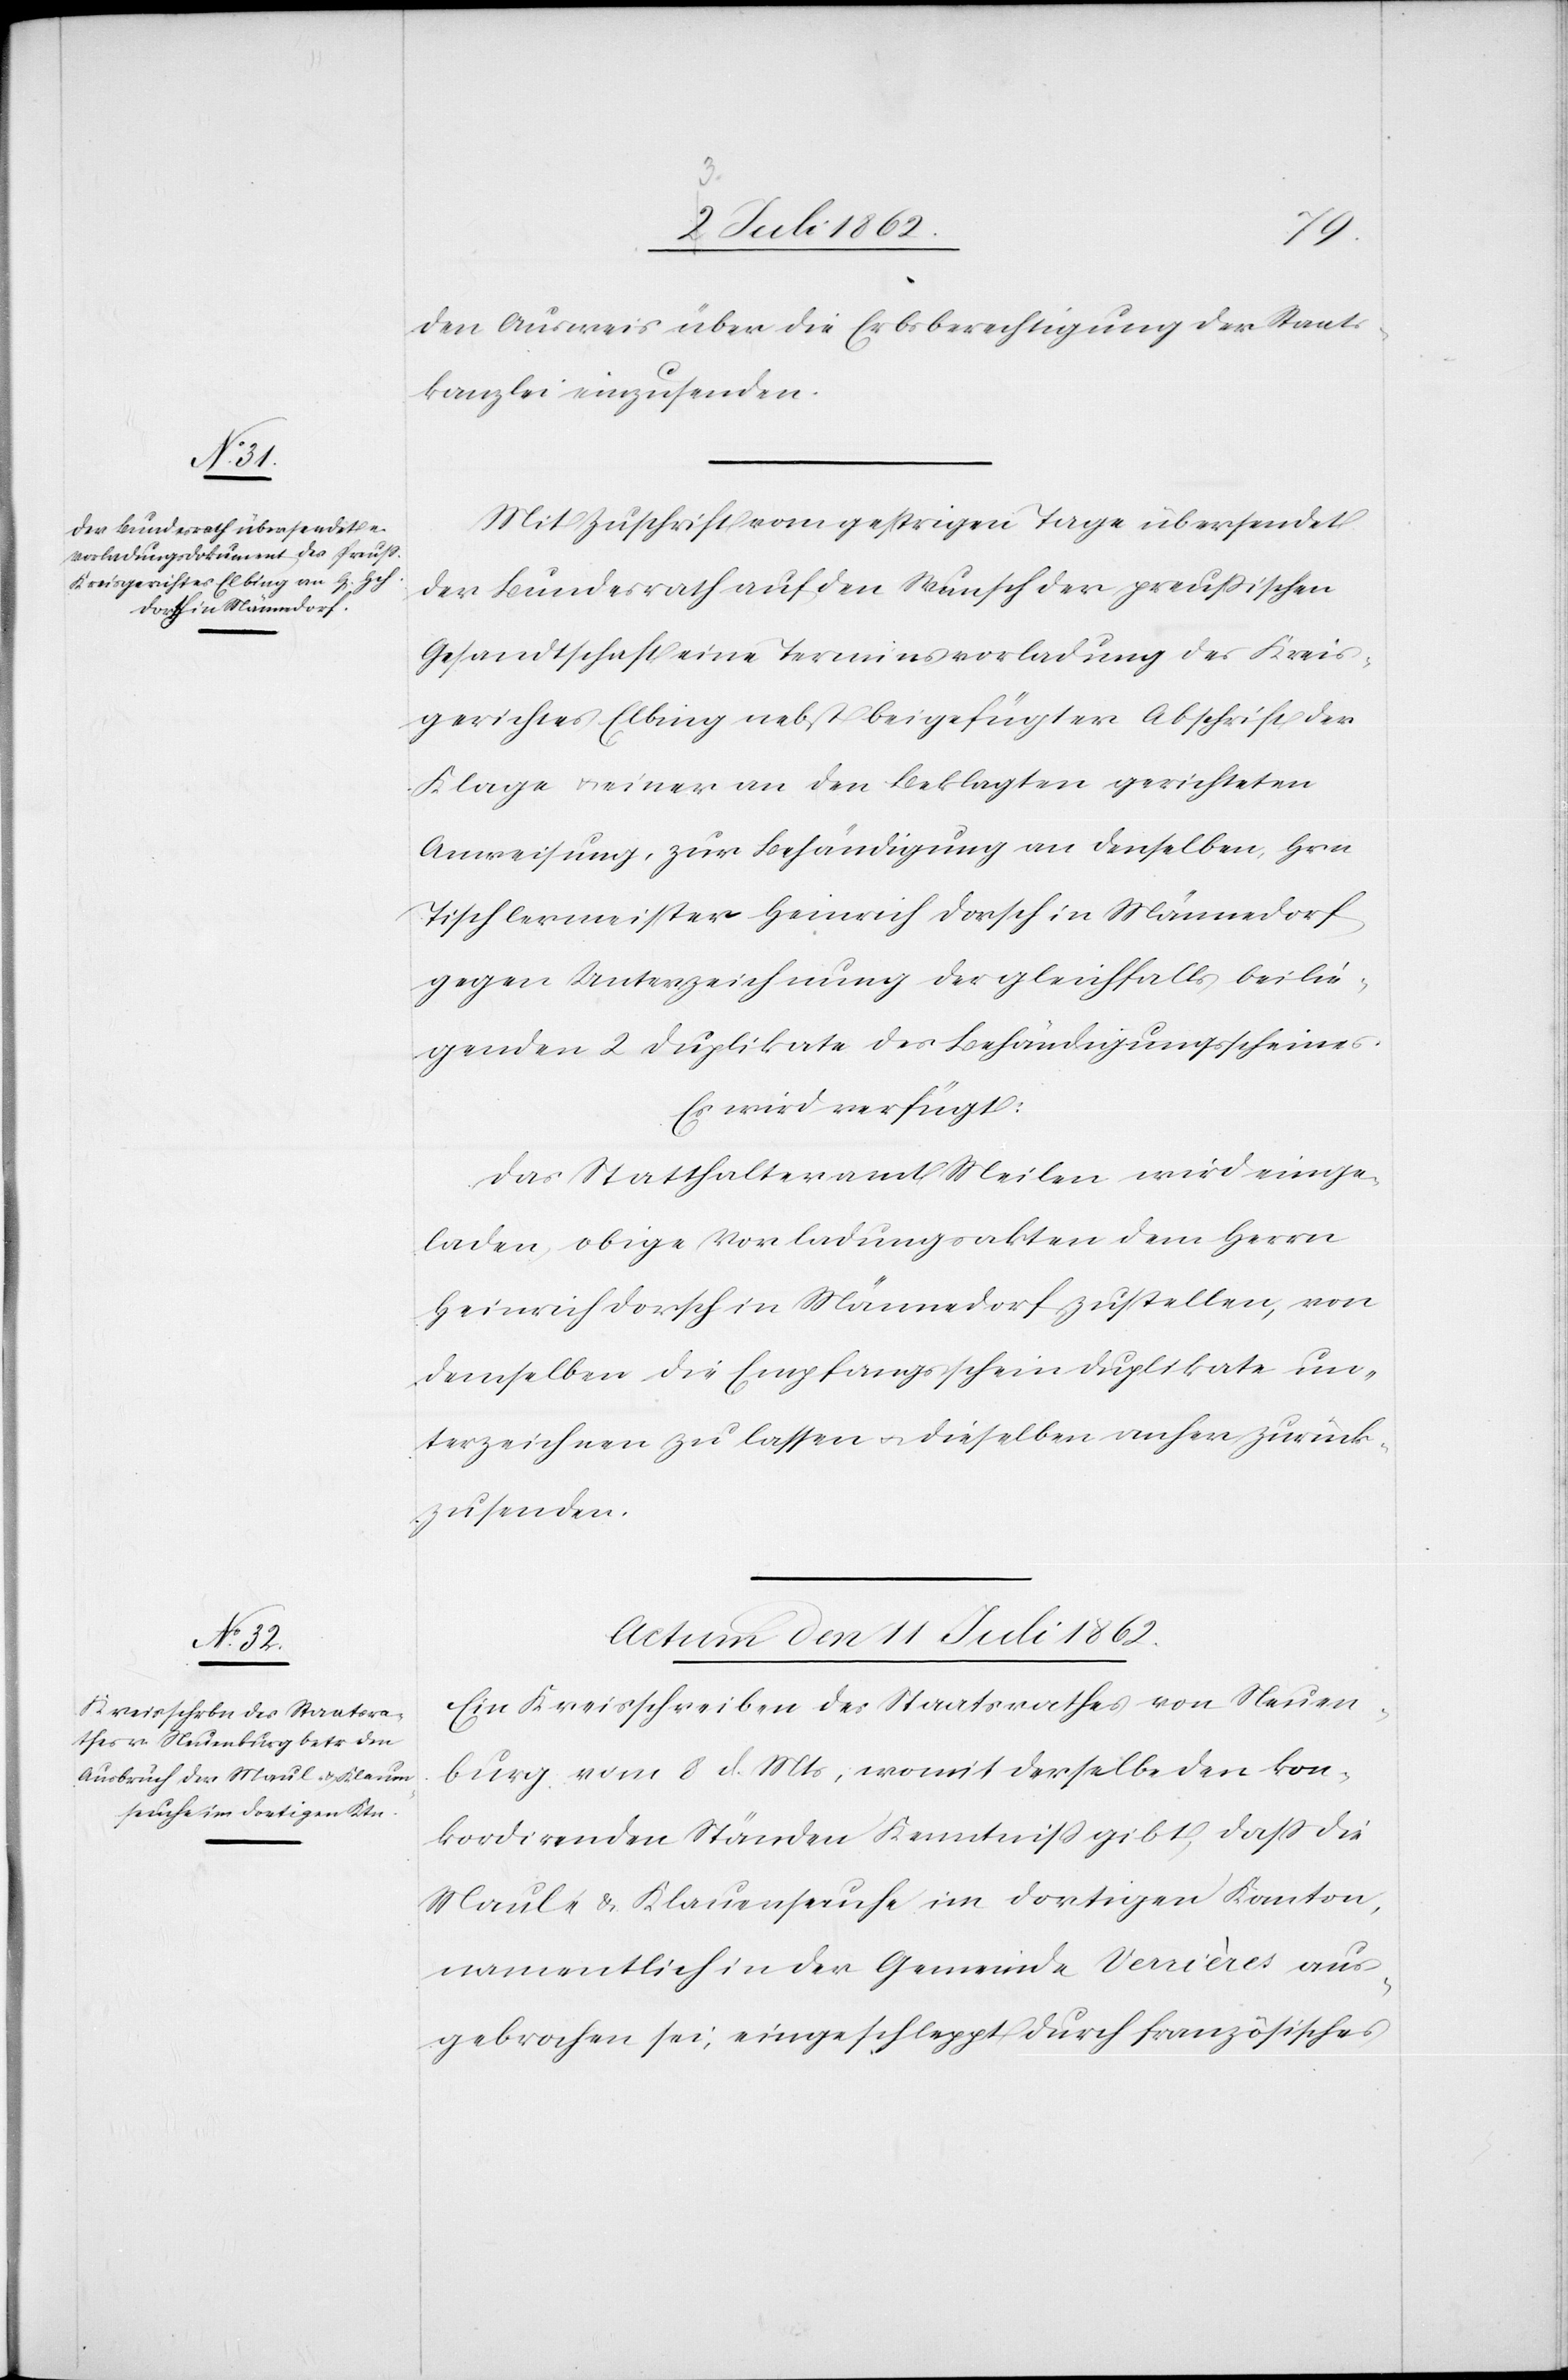
den Ausweis über die Erbsberechtigung der Staats¬
kanzlei einzusenden.
Mit Zuschrift vom gestrigen Tage übersendet
der Bundesrath auf den Wunsch der preußischen
Gesandtschaft eine Terminsvorladung des Kreis¬
gerichtes Elbing nebst beigefügter Abschrift der
Klage u. einer an den Beklagten gerichteten
Anweisung, zur Behändigung an denselben, Hrn.
Tischlermeister Heinrich Dorsch in Männedorf
gegen Unterzeichnung der gleichfalls beilie¬
genden 2 Duplikate des Behändigungsscheines.
Es wird verfügt:
Das Statthalteramt Meilen wird einge¬
laden, obige Vorladungsakten dem Herrn
Heinrich Dorsch in Männedorf zustellen, von
denselben die Empfangsscheinduplikate un¬
terzeichnen zu lassen u. dieselben anher zurück¬
zusenden.
Actum den 11 Juli 1862.
Ein Kreisschreiben des Staatsrathes von Neuen¬
burg vom 8 d. Mts., womit derselbe den kon¬
kordirenden Ständen Kenntniß gibt, daß die
Maul- u. Klauenseuche im dortigen Kanton,
namentlich in der Gemeinde Venières aus¬
gebrochen sei, eingeschleppt durch französisches